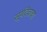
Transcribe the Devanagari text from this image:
सूर्यदेवाचा